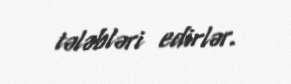
tələbləri edirlər.